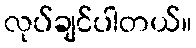
လုပ်ချင်ပါတယ်။